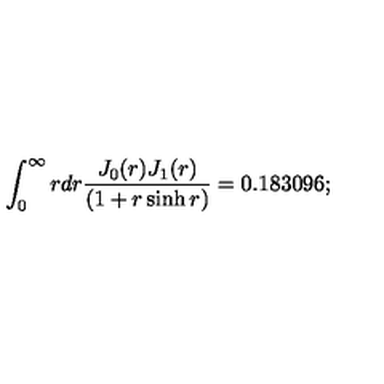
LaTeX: \int _ { 0 } ^ { \infty } r d r \frac { J _ { 0 } ( r ) J _ { 1 } ( r ) } { \left( 1 + r \sinh r \right) } = 0 . 1 8 3 0 9 6 ;